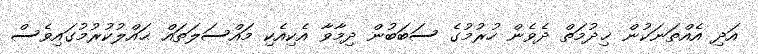
އަދި އެއްތަނަކުން ޚިދުމަތް ދެވެން ހުރުމުގެ ސަބަބުން ދިމާވާ އެކިއެކި މައްސަލަތައް ޙައްލުކުރުމުގައިވެސް